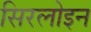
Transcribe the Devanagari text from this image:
सिरलोइन